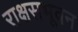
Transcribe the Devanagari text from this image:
राक्षसभूवन